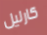
كارليل